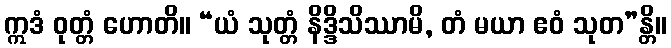
ဣဒံ ဝုတ္တံ ဟောတိ။ “ယံ သုတ္တံ နိဒ္ဒိသိဿာမိ, တံ မယာ ဧဝံ သုတ”န္တိ။